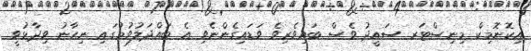
އިކޮނޮމިކް މިނިސްޓަރ ސައީދު ވެސް ބައިވެރިވެ ވަޑައިގެންނެވި އެ ބައްދަލުވުމުގައި ނިހާނު ވިދާޅުވީ